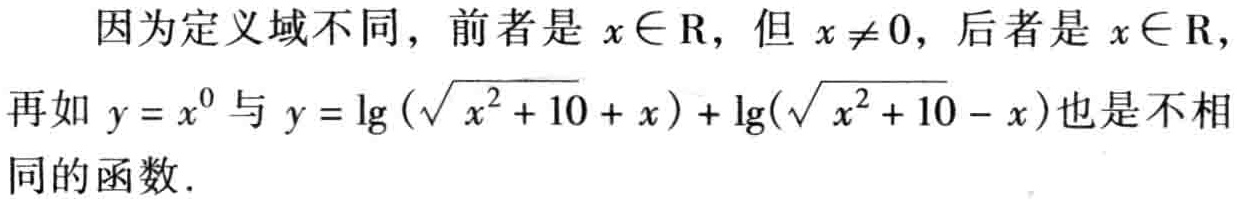
因为定义域不同，前者是 \(x\in \mathrm{R}\)，但 \(x\neq 0\)，后者是 \(x\in \mathrm{R}\)，

再如 \(y = x^{0}\) 与 \(y=\lg(\sqrt{x^{2}+10}+x)+\lg(\sqrt{x^{2}+10}-x)\)也是不相同的函数.